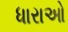
ધારાઓ